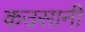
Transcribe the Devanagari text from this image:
कउसानी